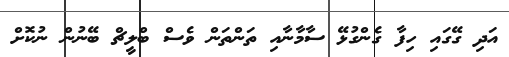
އަދި ގޭގައި ހިފާ ގެންގުޅޭ ސާމާނާއި ތަންތަން ވެސް ބްލީޗް ބޭނުން ނުކޮށް